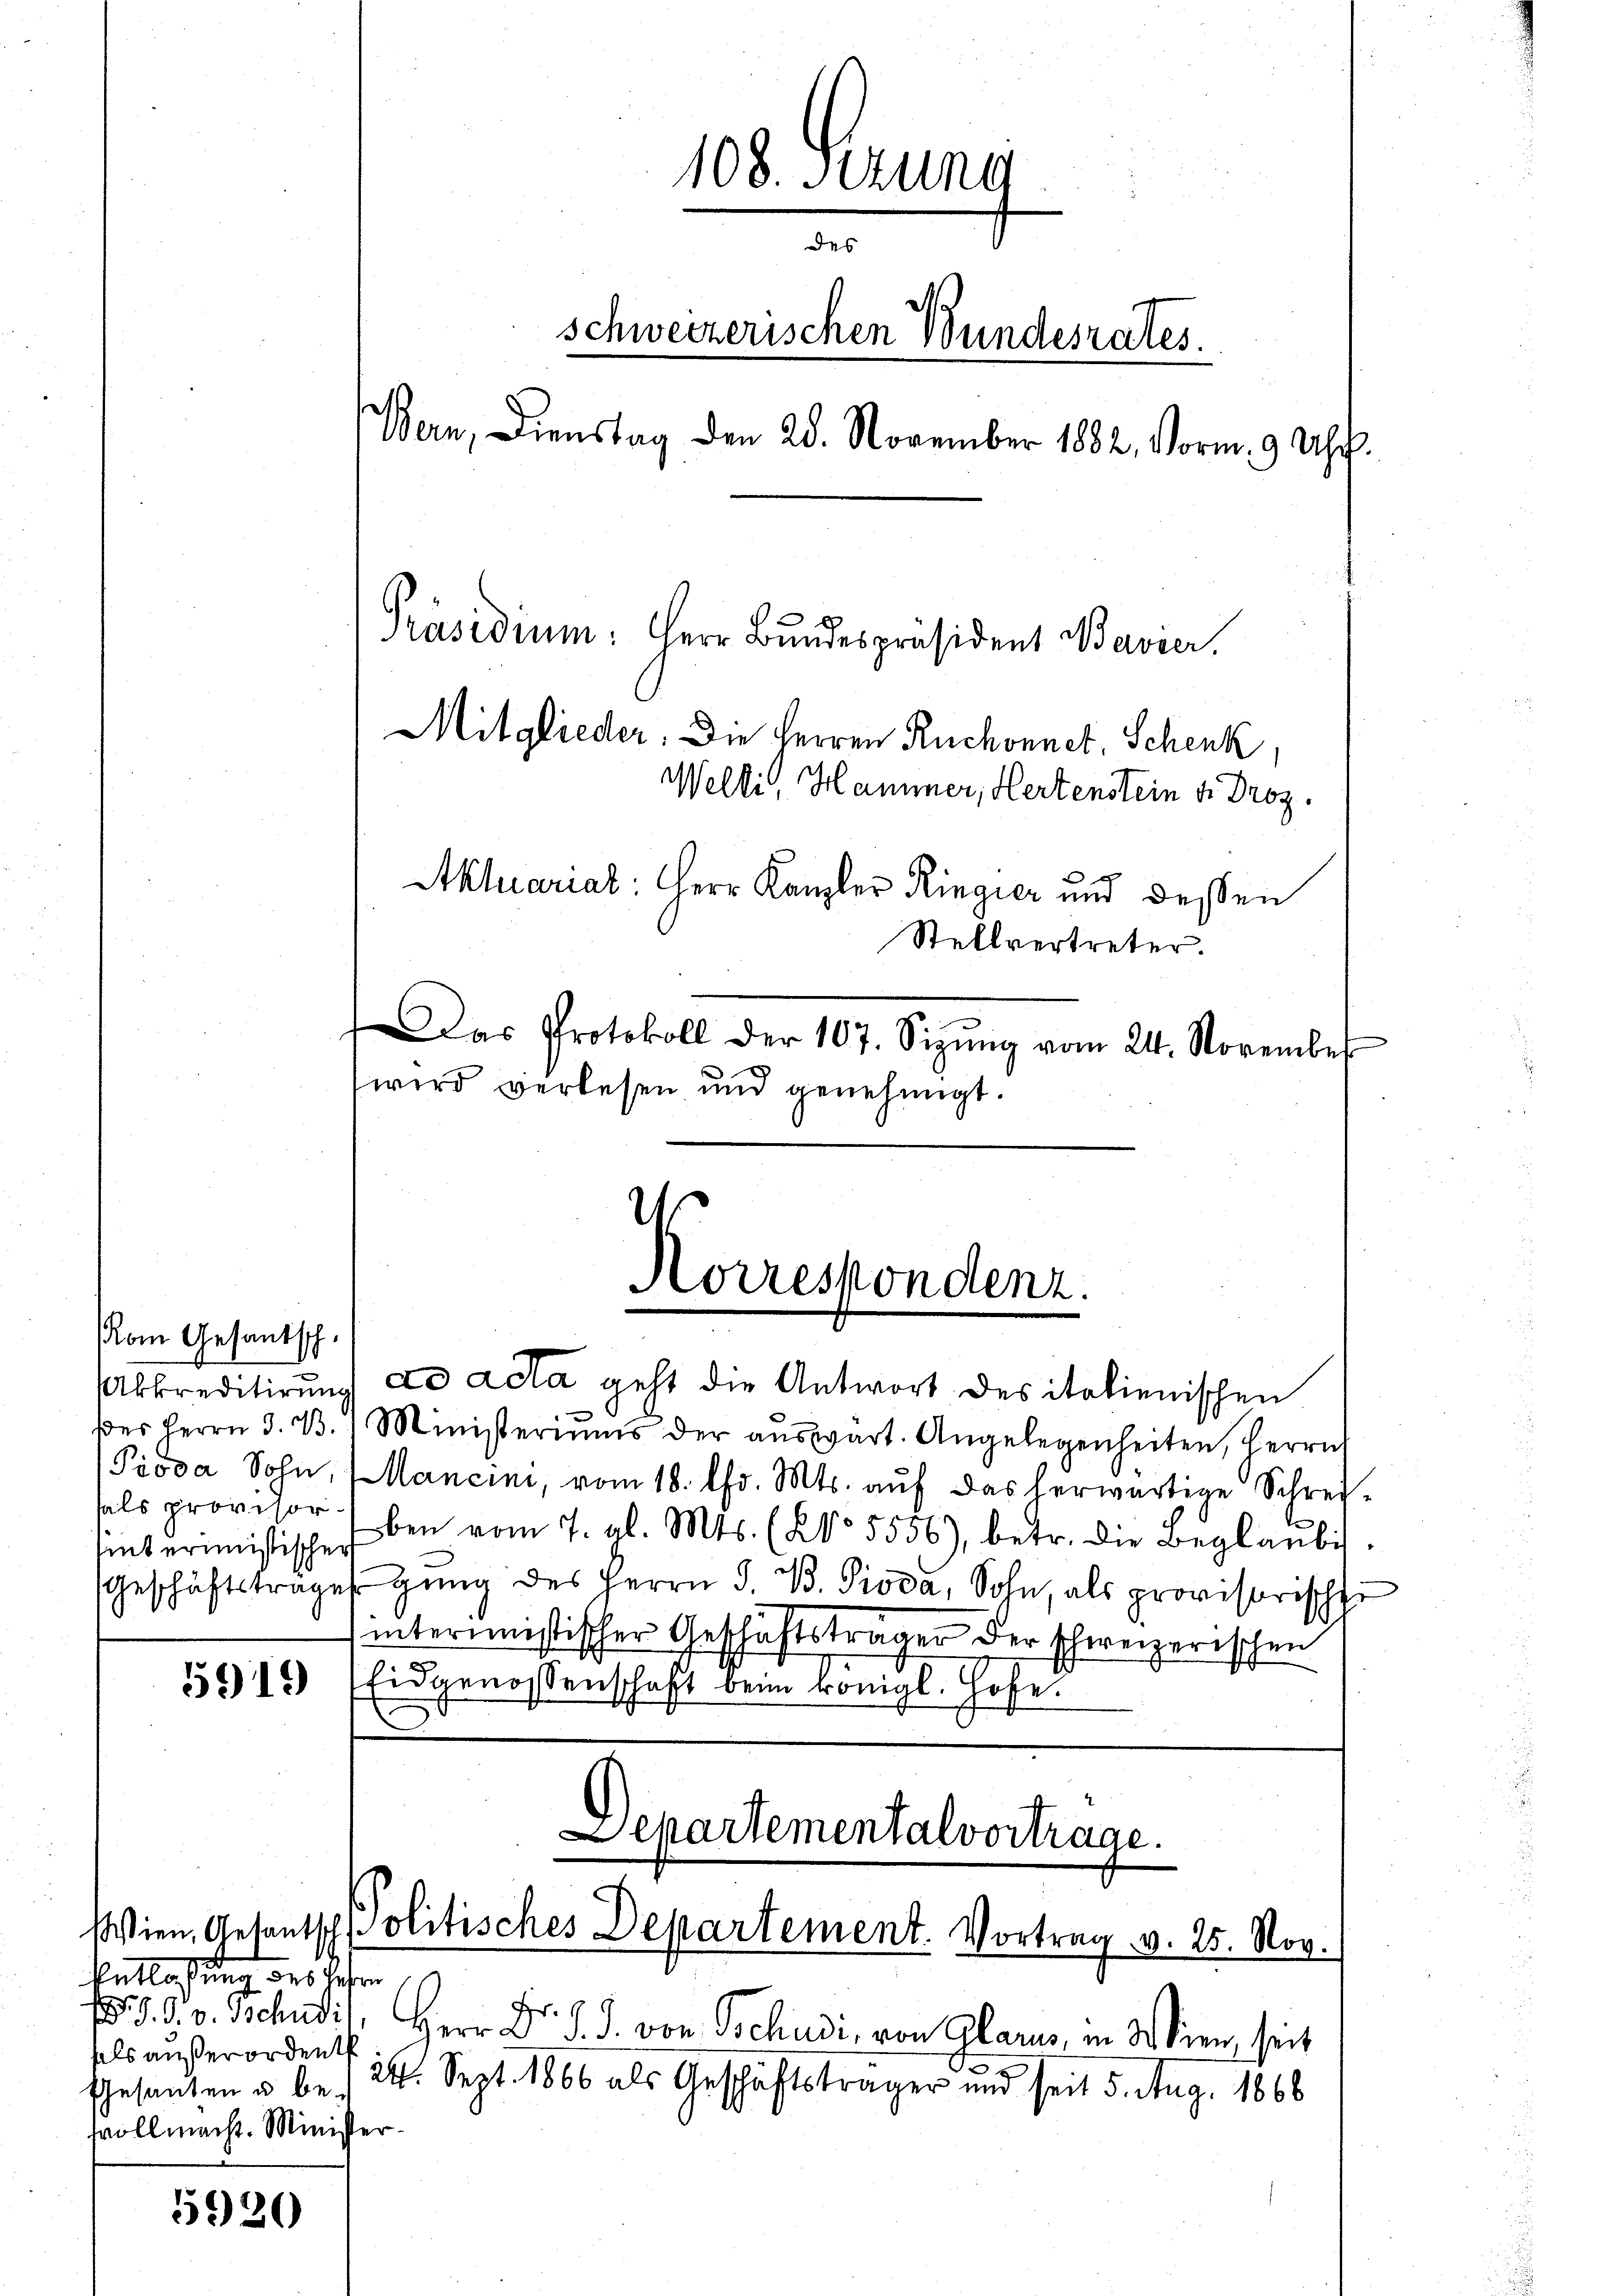
mint erinistischer

om Gesantsch.

Entlassung des Jahren
. d. J. v. Tschudi
aals außerordent
Gesanten u be-
svollmacht. Minister.

5920

bkreditirung ad acta geht die Antwort des italienischen
des Herrn d. d. 1 Ministeriŭms der aŭswart. Angelegenheiten, Herrn
Pioda Sohn, Mancini, vom 18. Chr. Mts. aŭf das herwärtige Schrei-
hals provisor Eben vom 7. gl. Mts. (No. 5556), betr. die Beglaŭbis-
Geschäftsträge ging des Herrn J. B. Pioda, Sohn, als provisorische
interinistischer Geschäftsträger der schweizerischen
3915 (Eidgenossenschaft beim königl. Hofe.

108. Sezung
des
schweizerischen Bundesrates.
Bern, Dienstag den 28. November 1882, Vorm. 9 Uhr.
Präsidium. Herr Bundespräsident Bavier.
Mitglieder. Die Herren Ruchonnet, Schenk,
Welti, Hammer, Hertenstein u. Droz.
Aktuariat: Herr Kanzler Ringier und dessen
Stellvertreter.
Das Protokoll der 107. Sizŭng vom 24. November
wird verlesen und genehmigt.

Herr Dr. S. J. von Tschudi, von Glarus, in Wien, seit
ält. Sept. 1866 als Geschäftsträger und seit 5. Aug. 1866

Korrespondenz.

Departemental vortrage.
Wien, Gesantsch Politisches Departement. Vortrag v. 25. Nov.